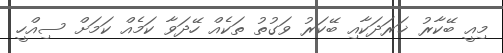
މިއީ ބޭކާރު ޚަރަދަކާއި ބޭކަރު ވަގުތު ތަކެއް ހޭދަވާ ކަމެއް ކަމަށް ސިއްހީ